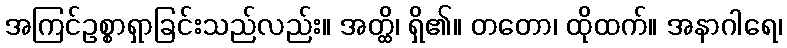
အကြင်ဥစ္စာရှာခြင်းသည်လည်း။ အတ္ထိ၊ ရှိ၏။ တတော၊ ထိုထက်။ အနာဂါရေ၊